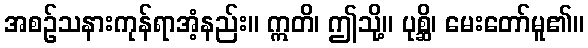
အစဉ်သနားကုန်ရာအံ့နည်း။ ဣတိ၊ ဤသို့။ ပုစ္ဆိ၊ မေးတော်မူ၏။